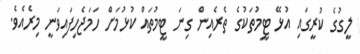
ލީގުގެ ކުރީގައި އުޅޭ ޓީމުތަކުގެ ތެރެއިން ގިނަ ޓީމުތައް ކުޅުމަށް ހަމަޖެހިފައިވަނީ މިރެއެވެ.